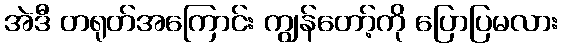
အဲဒီ တရုတ်အကြောင်း ကျွန်တော့်ကို ပြောပြမလား